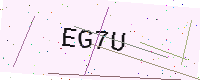
Text: EG7U